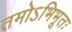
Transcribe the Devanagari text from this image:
तमोऽभिभूतः